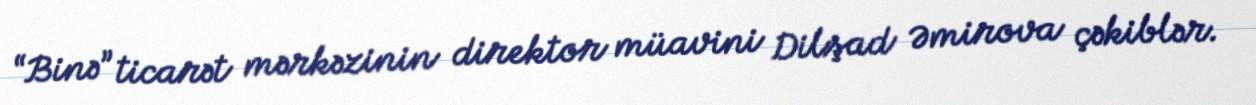
“Binə” ticarət mərkəzinin direktor müavini Dilşad Əmirova çəkiblər.